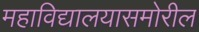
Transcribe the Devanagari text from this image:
महाविद्यालयासमोरील